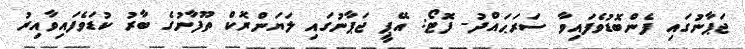
ޖަޕާނުގައި ފެންބޮޑުވެފައިވާ ސަރަޙައްދު- ފޮޓޯ: އޭޕީ ޖަޕާނުގައި ލަޔަންރޮކް ތޫފާނުގެ ބާރު ކުޑަވެފައިވާއިރު